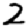
Digit: 2